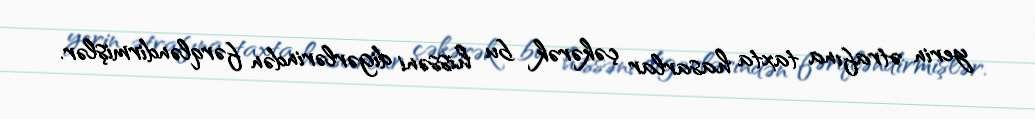
yerin ətrafına taxta hasarlar çəkərək bu hissəni digərlərindən fərqləndirmişlər.